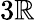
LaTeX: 3\mathbb{R}